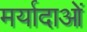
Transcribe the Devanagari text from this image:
मर्यादाआें